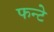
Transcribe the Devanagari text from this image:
फन्टे